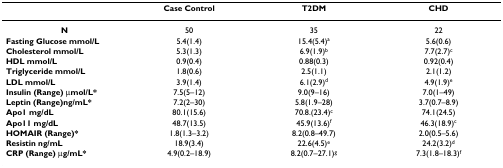
<table><thead><tr><td></td><td><b>Case Control</b></td><td><b>T2DM</b></td><td><b>CHD</b></td></tr></thead><tbody><tr><td><b>N</b></td><td>50</td><td>35</td><td>22</td></tr><tr><td><b>Fasting Glucose mmol/L</b></td><td>5.4(1.4)</td><td>15.4(5.4)<sup>a</sup></td><td>5.6(0.6)</td></tr><tr><td><b>Cholesterol mmol/L</b></td><td>5.3(1.3)</td><td>6.9(1.9)<sup>b</sup></td><td>7.7(2.7)<sup>c</sup></td></tr><tr><td><b>HDL mmol/L</b></td><td>0.9(0.4)</td><td>0.88(0.3)</td><td>0.92(0.4)</td></tr><tr><td><b>Triglyceride mmol/L</b></td><td>1.8(0.6)</td><td>2.5(1.1)</td><td>2.1(1.2)</td></tr><tr><td><b>LDL mmol/L</b></td><td>3.9(1.4)</td><td>6.1(2.9)<sup>d</sup></td><td>4.9(1.9)<sup>e</sup></td></tr><tr><td><b>Insulin (Range) μmol/L*</b></td><td>7.5(5–12)</td><td>9.0(9–16)</td><td>7.0(1–49)</td></tr><tr><td><b>Leptin (Range)ng/mL*</b></td><td>7.2(2–30)</td><td>5.8(1.9–28)</td><td>3.7(0.7–8.9)</td></tr><tr><td><b>Apo1 mg/dL</b></td><td>80.1(15.6)</td><td>70.8.(23.4)<sup>c</sup></td><td>74.1(24.5)</td></tr><tr><td><b>Apo11 mg/dL</b></td><td>48.7(13.5)</td><td>45.9(13.6)<sup>f</sup></td><td>46.3(18.9)<sup>c</sup></td></tr><tr><td><b>HOMAIR (Range)*</b></td><td>1.8(1.3–3.2)</td><td>8.2(0.8–49.7)</td><td>2.0(0.5–5.6)</td></tr><tr><td><b>Resistin ng/mL</b></td><td>18.9(3.4)</td><td>22.6(4.5)<sup>e</sup></td><td>24.2(3.2)<sup>d</sup></td></tr><tr><td><b>CRP (Range) μg/mL*</b></td><td>4.9(0.2–18.9)</td><td>8.2(0.7–27.1)<sup>g</sup></td><td>7.3(1.8–18.3)<sup>f</sup></td></tr></tbody></table>